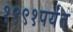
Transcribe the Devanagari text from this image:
१९९१पर्यंत